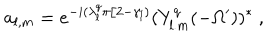
a _ { l , m } = e ^ { - i ( \lambda _ { l } ^ { q } \pi / 2 - \gamma _ { l } ) } ( Y _ { l . m } ^ { q } ( - \Omega ^ { \prime } ) ) ^ { * } \ ,